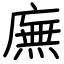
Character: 廡